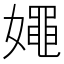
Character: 𡢘